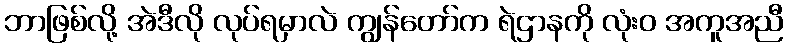
ဘာဖြစ်လို့ အဲဒီလို လုပ်ရမှာလဲ ကျွန်တော်က ရဲဌာနကို လုံးဝ အကူအညီ